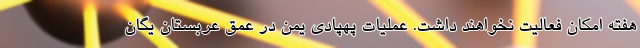
هفته امکان فعالیت نخواهند داشت. عملیات پهپادی یمن در عمق عربستان یگان